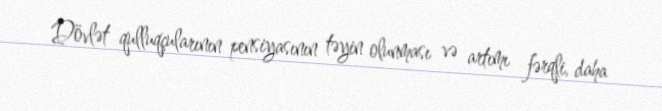
Dövlət qulluqçularının pensiyasının təyin olunması və artımı fərqli, daha